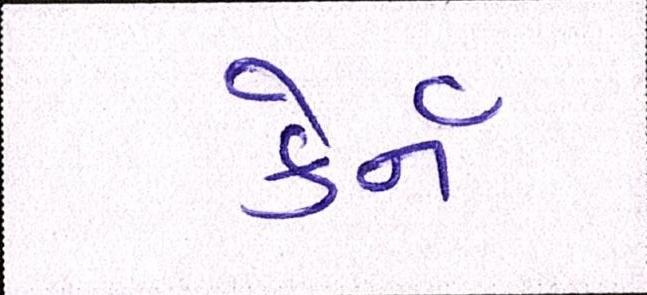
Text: કેર્ન